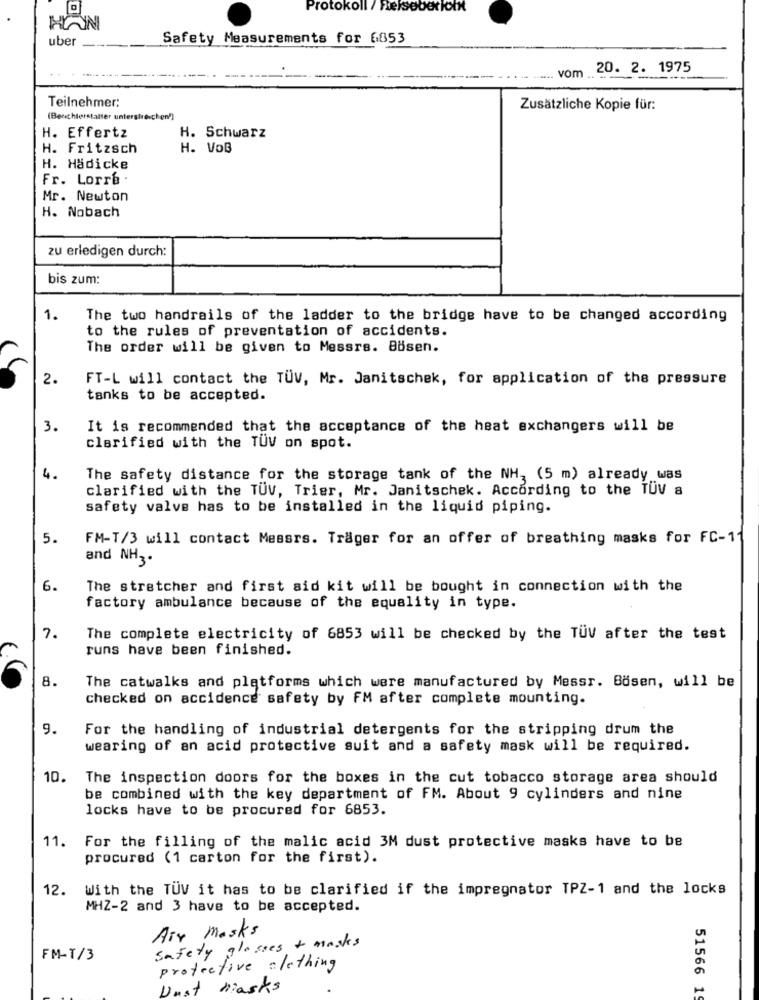
Protokoll / Reisebericht
HOUN
uber
Safety Measurements for 6853
vom 20. 2. 1975
Teilnehmer:
Zusätzliche Kopie für:
(Benchletstaller unterstreichen?)
H. Effertz
H. Schwarz
H. Fritzsch
H. VoB
H. Hädicke
Fr. Lorre .
Mr. Newton
H. Nobach
zu erledigen durch:
bis zum:
1.
The two handrails of the ladder to the bridge have to be changed according
to the rules of preventation of accidents.
The order will be given to Messrs. Bösen.
2.
FT-L will contact the TUV, Mr. Janitschek, for application of the pressure
tanks to be accepted.
3.
It is recommended that the acceptance of the heat exchangers will be
clarified with the TUV on spot.
4.
The safety distance for the storage tank of the NH, (5 m) already was
clarified with the TUV, Trier, Mr. Janitschek. According to the TUV a
safety valve has to be installed in the liquid piping.
5.
FM-T/3 will contact Messrs. Trager for an offer of breathing masks for FC-1
and NH3.
6.
The stretcher and first aid kit will be bought in connection with the
factory ambulance because of the equality in type.
7.
The complete electricity of 6853 will be checked by the TUV after the test
runs have been finished.
8.
The catwalks and platforms which were manufactured by Messr. Bösen, will be
checked on accidence safety by FM after complete mounting.
9.
For the handling of industrial detergents for the stripping drum the
wearing of an acid protective suit and a safety mask will be required.
10.
The inspection doors for the boxes in the cut tobacco storage area should
be combined with the key department of FM. About 9 cylinders and nine
locks have to be procured for 6853.
11.
For the filling of the malic acid 3M dust protective masks have to be
procured (1 carton for the first).
12. With the TUV it has to be clarified if the impregnator TPZ-1 and the locks
MHZ-2 and 3 have to be accepted.
Air Masks
safety glasses + masks
FM-T/3
protective clothing
Dust Masks
51566 19